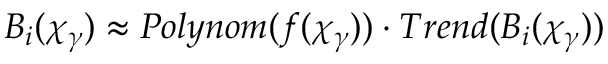
B _ { i } ( \chi _ { \gamma } ) \approx P o l y n o m ( f ( \chi _ { \gamma } ) ) \cdot T r e n d ( B _ { i } ( \chi _ { \gamma } ) )